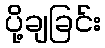
ပို့ချခြင်း